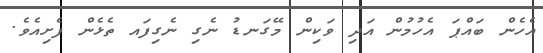
އެހެން ބައްޕަ އެހުމުން އަދި ވަކިން މޭގަނޑު ނެގި ނެގިފައ ތެޅެން ފެށިއެވެ.